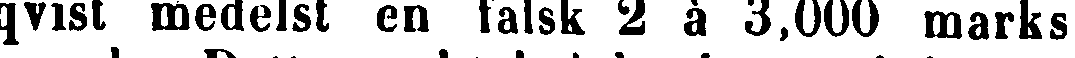
qvist medelst en falsk 2 à 3,000 marks